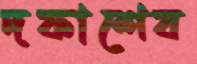
দফাশেষ